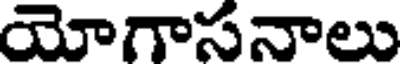
యోగాసనాలు